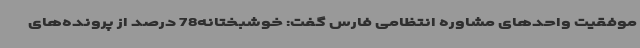
موفقیت واحدهای مشاوره انتظامی فارس گفت: خوشبختانه78 درصد از پرونده‌های